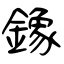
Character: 鐌